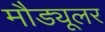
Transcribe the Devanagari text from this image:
मौड्यूलर